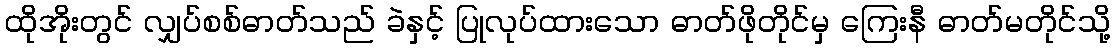
ထိုအိုးတွင် လျှပ်စစ်ဓာတ်သည် ခဲနှင့် ပြုလုပ်ထားသော ဓာတ်ဖိုတိုင်မှ ကြေးနီ ဓာတ်မတိုင်သို့